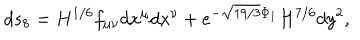
d s _ { 8 } = H ^ { 1 / 6 } f _ { \mu \nu } d x ^ { \mu } d x ^ { \nu } + e ^ { - \sqrt { 1 9 / 3 } \Phi _ { 1 } } H ^ { 7 / 6 } d y ^ { 2 } ,